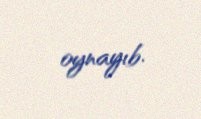
oynayıb.